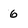
Character: 6